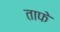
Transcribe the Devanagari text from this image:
ताफे